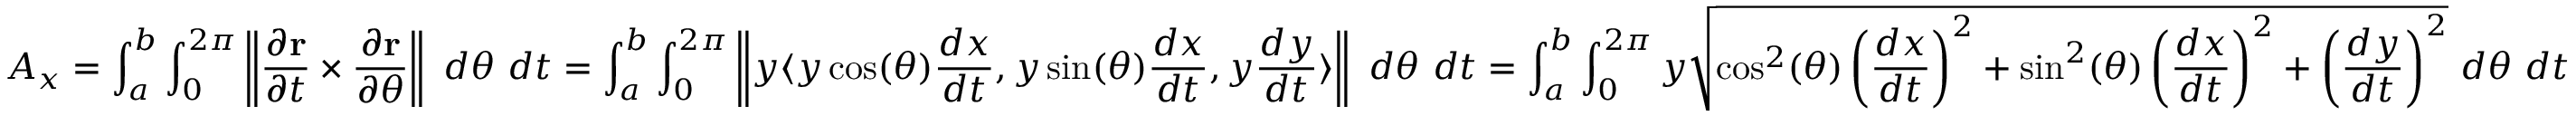
A _ { x } = \int _ { a } ^ { b } \int _ { 0 } ^ { 2 \pi } \left\| { \frac { \partial \mathbf { r } } { \partial t } } \times { \frac { \partial \mathbf { r } } { \partial \theta } } \right\| \ d \theta \ d t = \int _ { a } ^ { b } \int _ { 0 } ^ { 2 \pi } \left\| y \langle y \cos ( \theta ) { \frac { d x } { d t } } , y \sin ( \theta ) { \frac { d x } { d t } } , y { \frac { d y } { d t } } \rangle \right\| \ d \theta \ d t = \int _ { a } ^ { b } \int _ { 0 } ^ { 2 \pi } y { \sqrt { \cos ^ { 2 } ( \theta ) \left( { \frac { d x } { d t } } \right) ^ { 2 } + \sin ^ { 2 } ( \theta ) \left( { \frac { d x } { d t } } \right) ^ { 2 } + \left( { \frac { d y } { d t } } \right) ^ { 2 } } } \ d \theta \ d t